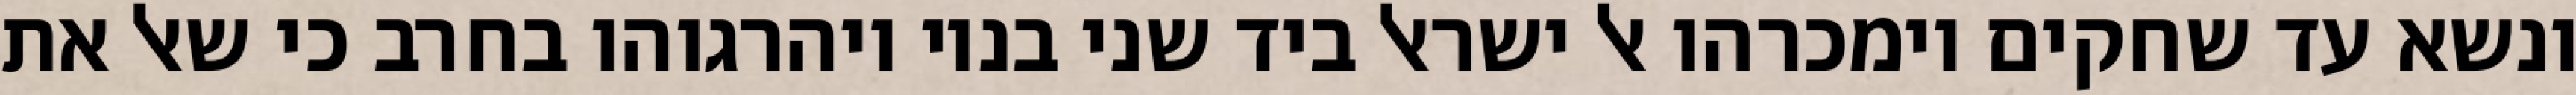
ונשא עד שחקים וימכרהו אל ישראל ביד שני בניו ויהרגוהו בחרב כי שאל את